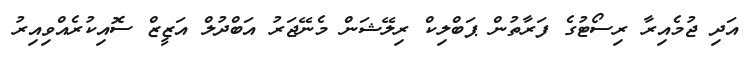
އަދި ޖުމެއިރާ ރިސޯޓުގެ ފަރާތުން ޕަބްލިކް ރިލޭޝަން މެނޭޖަރު އަބްދުލް އަޒީޒް ސޮއިކުރެއްވިއިރު